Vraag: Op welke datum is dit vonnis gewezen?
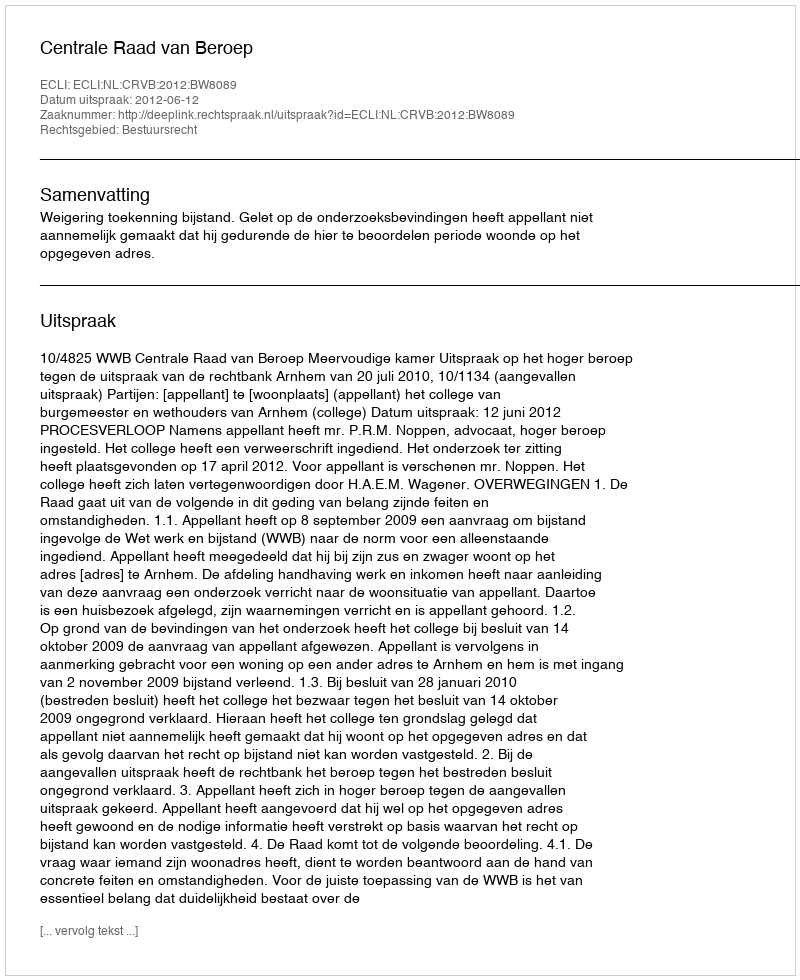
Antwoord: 2012-06-12